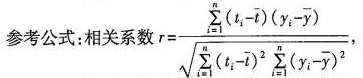
参考公式: 相关系数$$r = \frac { \sum _ { i = 1 } ^ { n } \left ( t _ { i } - \bar { t }